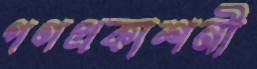
গণপ্রকাশনী